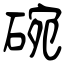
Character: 碗